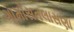
ગામોસતલાસણા